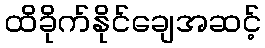
ထိခိုက်နိုင်ချေအဆင့်